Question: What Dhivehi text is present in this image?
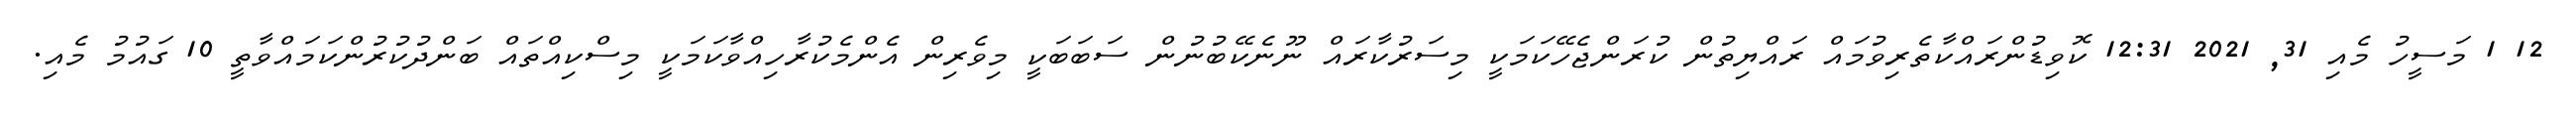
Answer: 12 1 މަސީހު މެއި 31, 2021 12:31 ކޮވިޑުންރައްކާތެރިވުމައް ރައްޔިތުން ކުރަންޖެހޭކަމަކީ މިސަރުކާރައް ނޫނެކޭބުނުން ސަބަބަކީ މިވެރިން އެންމެކުރާހިއްވާކަމަކީ މިސްކިއްތައް ބަންދުކުރުންކަމައްވާތީ 10 ގައުމު މެއި.